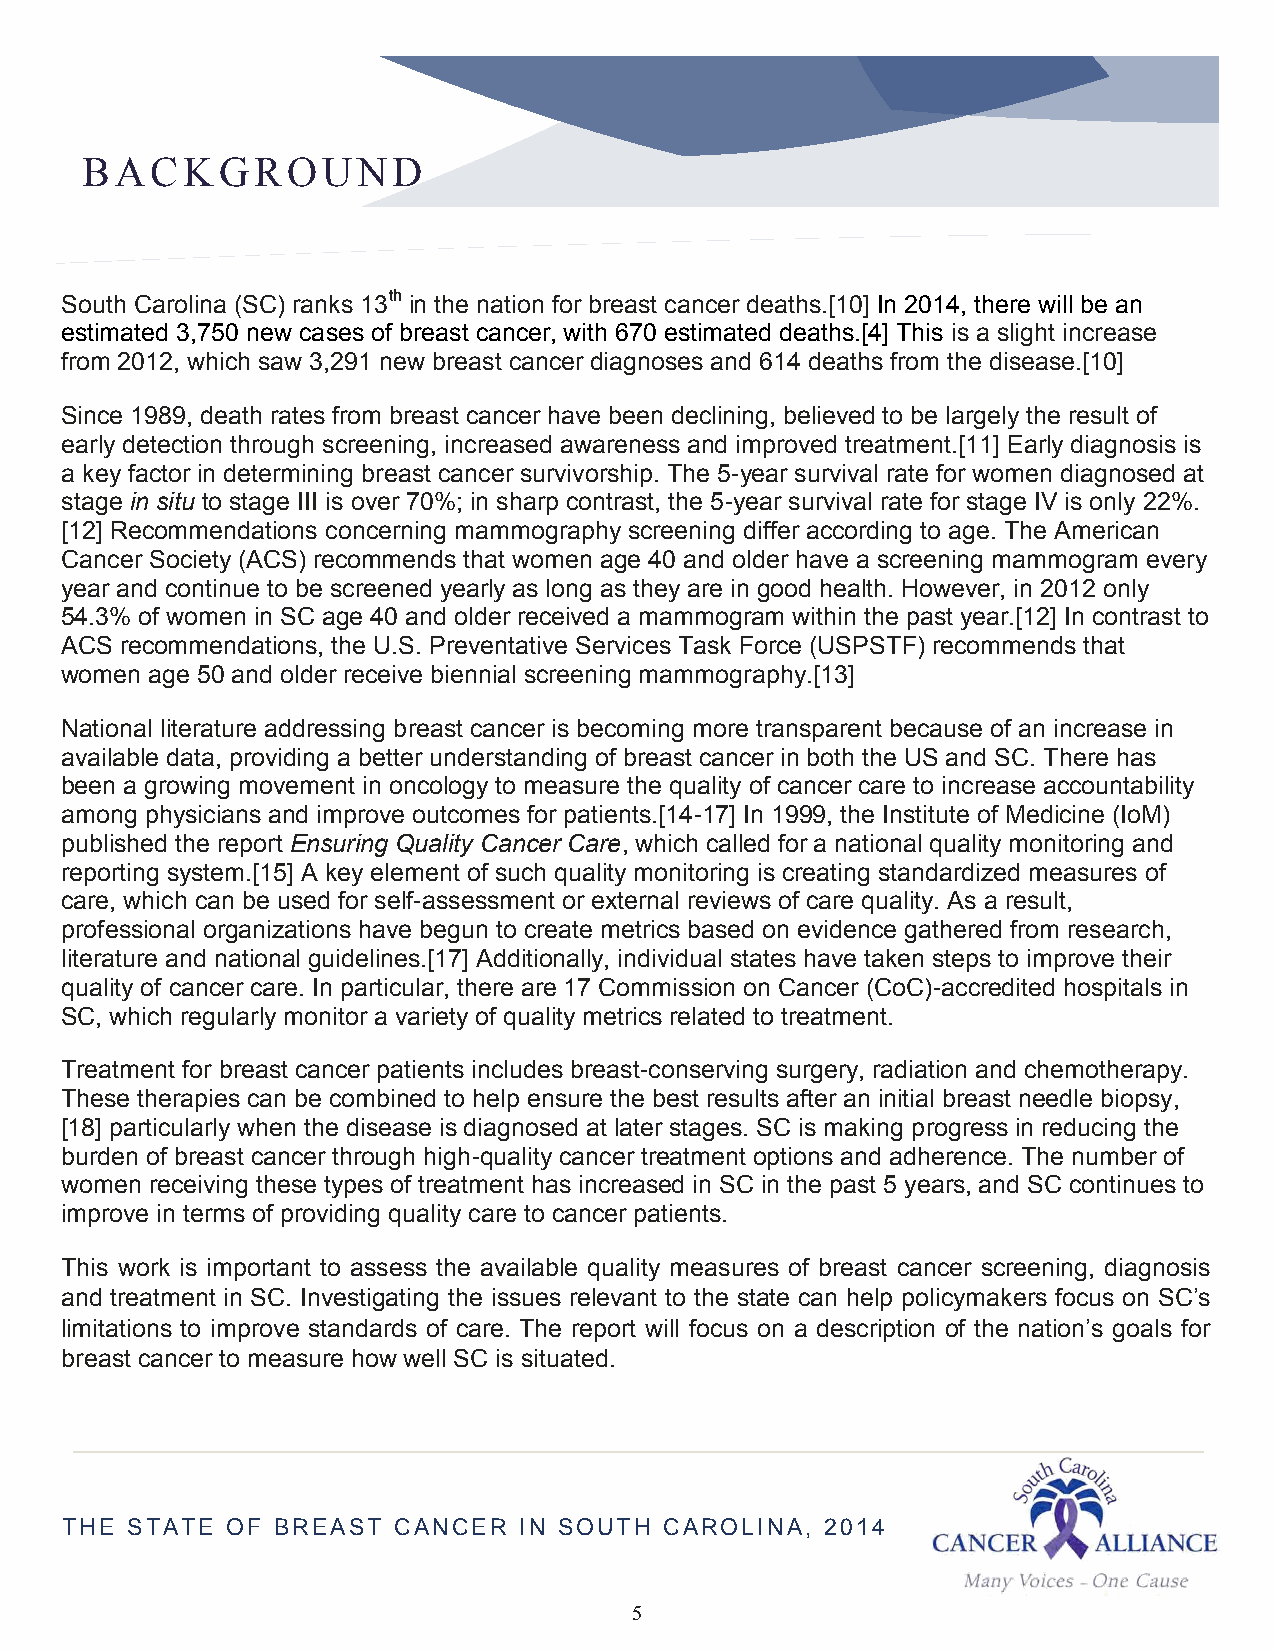
BACKGROUND
 South Carolina (SC) ranks 13th in the nation for breast cancer deaths.[10] In 2014, there will be an
 estimated 3,750 new cases of breast cancer, with 670 estimated deaths.[4] This is a slight increase
 from 2012, which saw 3,291 new breast cancer diagnoses and 614 deaths from the disease.[10]
 Since 1989, death rates from breast cancer have been declining, believed to be largely the result of
 early detection through screening, increased awareness and improved treatment.[11] Early diagnosis is
 a key factor in determining breast cancer survivorship. The 5-year survival rate for women diagnosed at
 stage in situ to stage III is over 70%; in sharp contrast, the 5-year survival rate for stage IV is only 22%.
 [12] Recommendations concerning mammography screening differ according to age. The American
 Cancer Society (ACS) recommends that women age 40 and older have a screening mammogram every
 year and continue to be screened yearly as long as they are in good health. However, in 2012 only
 54.3% of women in SC age 40 and older received a mammogram within the past year.[12] In contrast to
 ACS recommendations, the U.S. Preventative Services Task Force (USPSTF) recommends that
 women age 50 and older receive biennial screening mammography.[13]
 National literature addressing breast cancer is becoming more transparent because of an increase in
 available data, providing a better understanding of breast cancer in both the US and SC. There has
 been a growing movement in oncology to measure the quality of cancer care to increase accountability
 among physicians and improve outcomes for patients.[14-17] In 1999, the Institute of Medicine (IoM)
 published the report Ensuring Quality Cancer Care, which called for a national quality monitoring and
 reporting system.[15] A key element of such quality monitoring is creating standardized measures of
 care, which can be used for self-assessment or external reviews of care quality. As a result,
 professional organizations have begun to create metrics based on evidence gathered from research,
 literature and national guidelines.[17] Additionally, individual states have taken steps to improve their
 quality of cancer care. In particular, there are 17 Commission on Cancer (CoC)-accredited hospitals in
 SC, which regularly monitor a variety of quality metrics related to treatment.
 Treatment for breast cancer patients includes breast-conserving surgery, radiation and chemotherapy.
 These therapies can be combined to help ensure the best results after an initial breast needle biopsy,
 [18] particularly when the disease is diagnosed at later stages. SC is making progress in reducing the
 burden of breast cancer through high-quality cancer treatment options and adherence. The number of
 women receiving these types of treatment has increased in SC in the past 5 years, and SC continues to
 improve in terms of providing quality care to cancer patients.
 This work is important to assess the available quality measures of breast cancer screening, diagnosis
 and treatment in SC. Investigating the issues relevant to the state can help policymakers focus on SC’s
 limitations to improve standards of care. The report will focus on a description of the nation’s goals for
 breast cancer to measure how well SC is situated.
 THE STATE  OF BREAST  CANCER  IN SOUTH  CAROLINA,  2014
 5